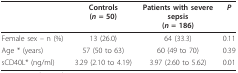
<table><thead><tr><td></td><td><b>Controls(<i>n </i>= 50)</b></td><td><b>Patients with severe sepsis(<i>n </i>= 186)</b></td><td><b><i>P</i></b></td></tr></thead><tbody><tr><td>Female sex -- n (%)</td><td>13 (26.0)</td><td>64 (33.3)</td><td>0.11</td></tr><tr><td>Age * (years)</td><td>57 (50 to 63)</td><td>60 (49 to 70)</td><td>0.39</td></tr><tr><td>sCD40L* (ng/ml)</td><td>3.29 (2.10 to 4.19)</td><td>3.97 (2.60 to 5.62)</td><td>0.01</td></tr></tbody></table>